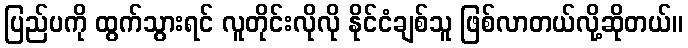
ပြည်ပကို ထွက်သွားရင် လူတိုင်းလိုလို နိုင်ငံချစ်သူ ဖြစ်လာတယ်လို့ဆိုတယ်။